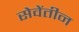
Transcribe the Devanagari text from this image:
सेवेंतीन